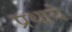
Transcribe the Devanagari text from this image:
प्रथाये